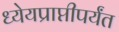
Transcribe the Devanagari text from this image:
ध्येयप्राप्तीपर्यंत